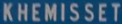
KHEMISSETT